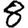
Digit: 8